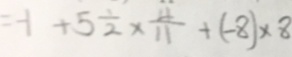
= - 1 + 5 \frac { 1 } { 2 } \times \frac { 4 } { 1 1 } + ( - 8 ) \times 8